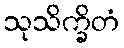
သုသိက္ခိတံ